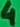
Text: 4